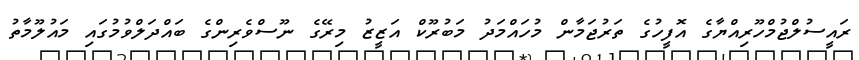
ރައީސުލްޖުމްހޫރިއްޔާގެ އޮފީހުގެ ތަރުޖަމާން މުހައްމަދު މަބުރޫކް އަޒީޒު މިރޭގެ ނޫސްވެރިންގެ ބައްދަލްވުމުގައި މަައުލޫމާތު